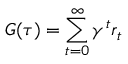
G ( \tau ) = \sum _ { t = 0 } ^ { \infty } \gamma ^ { t } r _ { t }